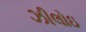
ઝીલોઇ